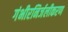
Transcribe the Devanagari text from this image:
गंभीरनिर्जलीकरण